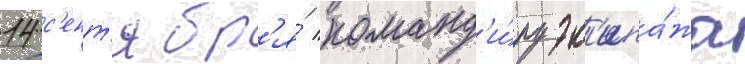
14 с'ент'ябр'я́ команд'и́ру эк'ипа́жа